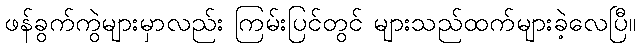
ဖန်ခွက်ကွဲများမှာလည်း ကြမ်းပြင်တွင် များသည်ထက်များခဲ့လေပြီ။